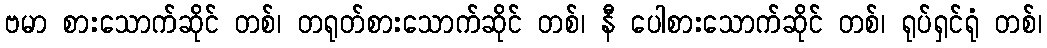
ဗမာ စားသောက်ဆိုင် တစ်၊ တရုတ်စားသောက်ဆိုင် တစ်၊ နီ ပေါစားသောက်ဆိုင် တစ်၊ ရုပ်ရှင်ရုံ တစ်၊